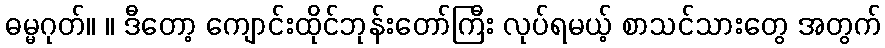
ဓမ္မဂုတ်။ ။ ဒီတော့ ကျောင်းထိုင်ဘုန်းတော်ကြီး လုပ်ရမယ့် စာသင်သားတွေ အတွက်